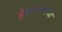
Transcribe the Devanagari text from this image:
हेडमास्तरांची